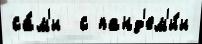
са́м'и  с панд'ем'и́и